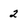
Character: 2